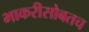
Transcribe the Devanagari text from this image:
भाकरीसोबतच